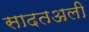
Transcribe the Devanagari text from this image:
सादतअली